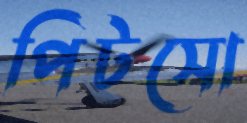
পিটসো